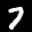
Label: 7